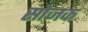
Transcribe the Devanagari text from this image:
सोजक